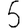
Digit: 5